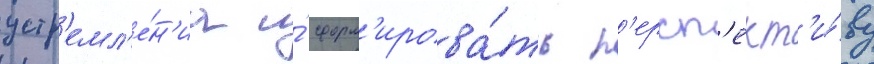
устр'емл'е́н'иа и́ сформ'ирова́ть п'ерсп'ект'и́ву